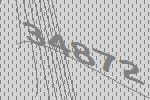
34872